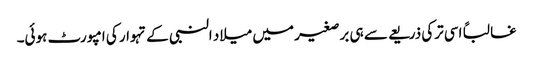
غالباً اسی ترکی ذریعے سے ہی برصغیر میں میلاد النبی کے تہوار کی امپورٹ ہوئی۔